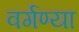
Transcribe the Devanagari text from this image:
वर्गण्या